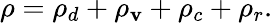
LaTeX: \rho=\rho_{d}+\rho_{\mathbf{v}}+\rho_{c}+\rho_{r}.